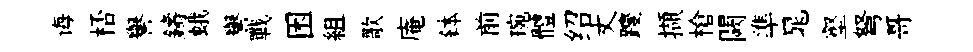
诲桮譽鑄蛾譽戰困組歌庵鉢前琬體绍丈躞擷槍闕準晁壑弩哥